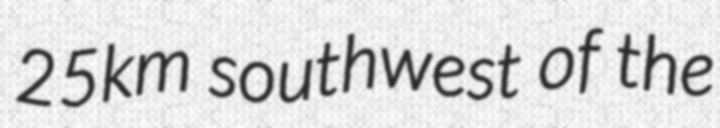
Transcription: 25km southwest of the